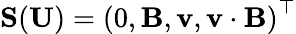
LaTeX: \mathbf{S}(\mathbf{U})=\left(0,\mathbf{B},\mathbf{v},\mathbf{v}\cdot\mathbf{B}\right)^{\top}